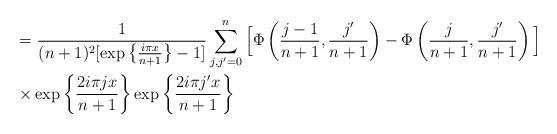
LaTeX: \begin{align*}& =\frac{1}{(n+1)^2 [\exp\left\{\frac{ i\pi x}{n+1}\right\}-1]} \sum_{j,j'=0}^n\Big[\Phi\left(\frac{ j-1}{n+1}, \frac{ j'}{n+1}\right)- \Phi\left(\frac{ j}{n+1}, \frac{ j'}{n+1}\right)\Big]\\&\times \exp\left\{\frac{ 2 i\pi jx}{n+1}\right\} \exp\left\{\frac{ 2 i\pi j'x}{n+1}\right\}\end{align*}